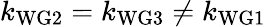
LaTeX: k_{\mathrm{WG2}}=k_{\mathrm{WG3}}\neq k_{\mathrm{WG1}}